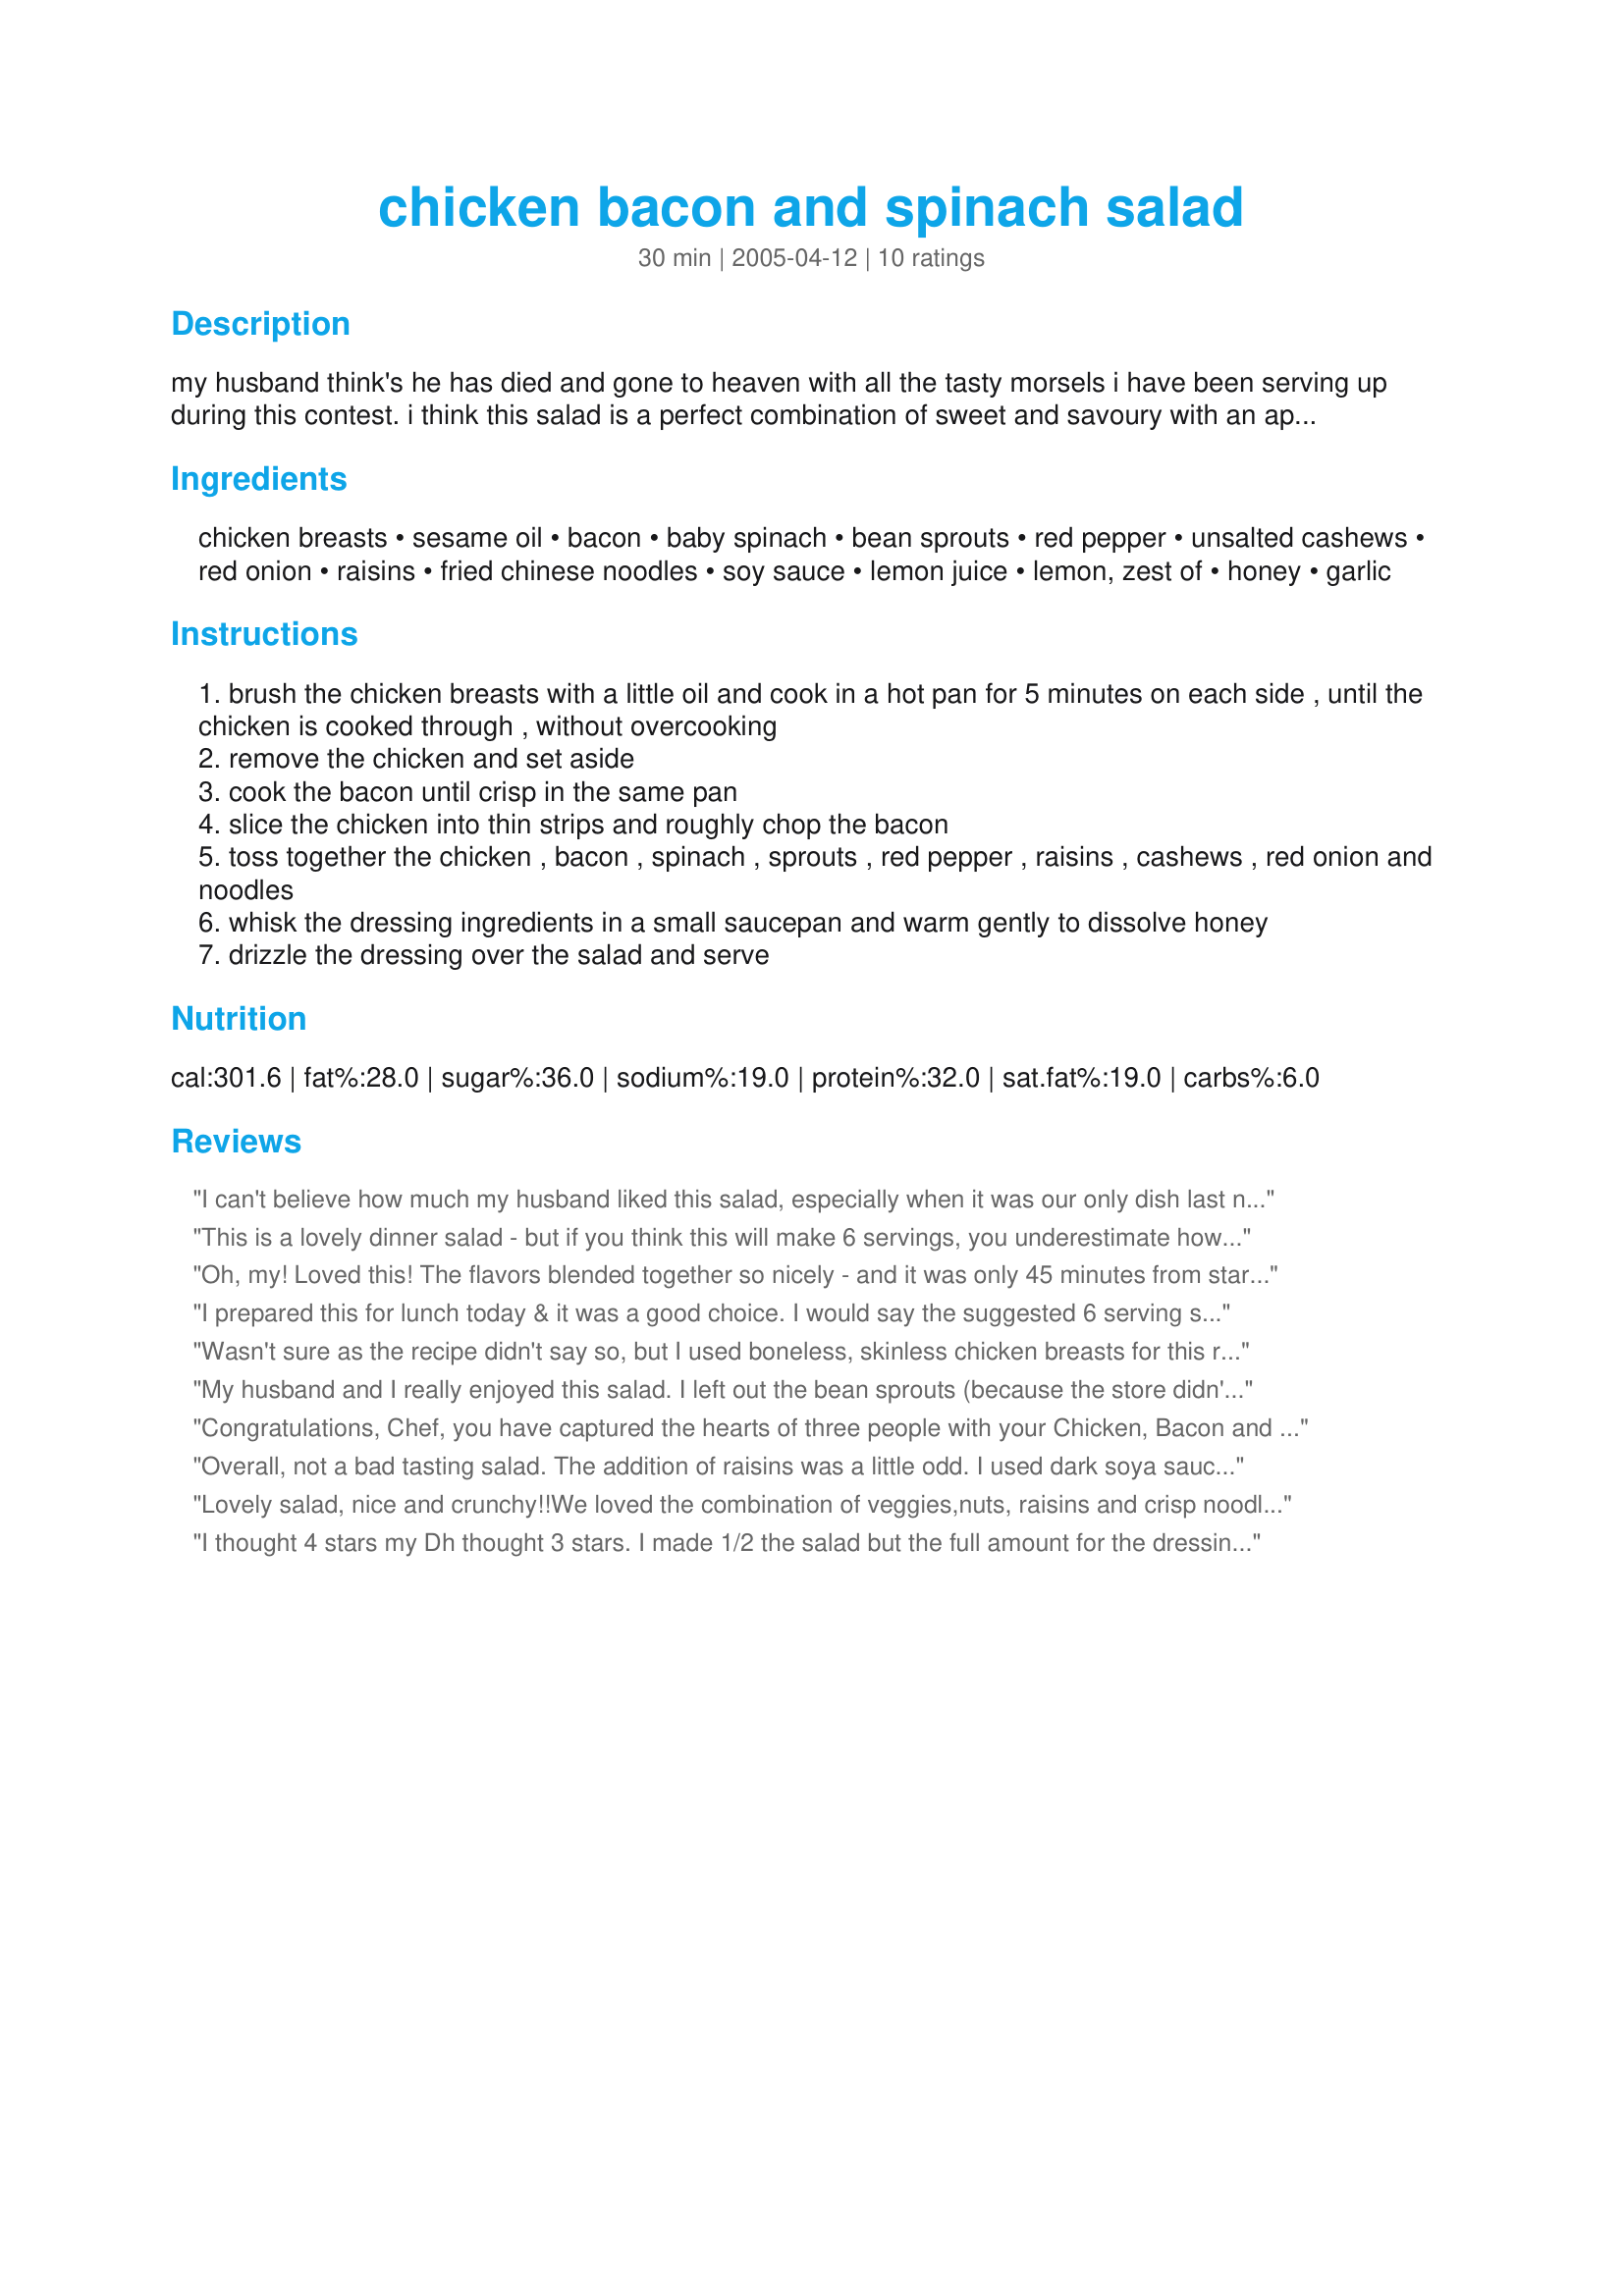
chicken bacon and spinach salad
Preparation time: 30 minutes

my husband think's he has died and gone to heaven with all the tasty morsels i have been serving up during this contest. i think this salad is a perfect combination of sweet and savoury with an appealing crunch! quick easy and impressive.

Ingredients:
chicken breasts, sesame oil, bacon, baby spinach, bean sprouts, red pepper, unsalted cashews, red onion, raisins, fried chinese noodles, soy sauce, lemon juice, lemon, zest of, honey, garlic

Steps:
brush the chicken breasts with a little oil and cook in a hot pan for 5 minutes on each side , until the chicken is cooked through , without overcooking
remove the chicken and set aside
cook the bacon until crisp in the same pan
slice the chicken into thin strips and roughly chop the bacon
toss together the chicken , bacon , spinach , sprouts , red pepper , raisins , cashews , red onion and noodles
whisk the dressing ingredients in a small saucepan and warm gently to dissolve honey
drizzle the dressing over the salad and serve

Reviews:
I can't believe how much my husband liked this salad, especially when it was our only dish last night! We substituted olive oil, real bacon bits, craisins, and slivered almonds; omitted bean sprouts. The dressing gave a nice flavor to the salad but was almost nonexistent. I will double the dressing ingredients next time. I will be using this recipe again!
This is a lovely dinner salad - but if you think this will make 6 servings, you underestimate how delicious this is!!
Oh, my! Loved this! The flavors blended together so nicely - and it was only 45 minutes from start to finish of what could be a good lunch or dinner!
I prepared this for lunch today & it was a good choice. I would say the suggested 6 serving size is for very small side salads. I found it made 2 very generous meal size salads. The salad is very filling & the ingredients were a creative blend. I especially liked adding the crunch of the cashews & chinese noodles. I do think the dressing amount needs to be increased or doubled to cover all of the salad. I left the table & prepared more. It seemed the chinese noodles were absorbing it faster than I could dress the salad. Other than that, I was very happy with this selection. The combo of ingredients works well together. Thanks chef!!
Wasn't sure as the recipe didn't say so, but I used boneless, skinless chicken breasts for this recipe. I really enjoyed this salad. The oriental flavours of the dressing went well with the salad ingredients. It was delicious!
My husband and I really enjoyed this salad. I left out the bean sprouts (because the store didn't have any) and the raisins. I think that craisins would be good in the place of raisins if you aren't a raisin fan. I used extra garlic in the dressing because we love garlic. We will definately have this again!!
Congratulations, Chef, you have captured the hearts of three people with your Chicken, Bacon and Spinach Salad. I took the salad to the home of two friends/neighbours on my street, and shared this recipe as lunch, today with them. Our responses were: 
...."delightful", 
...."the lemon flavour is subtle and refreshing". 
...."I love the combination of soft leaf spinach and crunchy noodles." 
...."Apart from flavour, red onion adds just the right blend of colour, without overwhelming the salad". 
...."The dressing ingredients combination is perfect with noodles and bean sprouts." 
 
Served with a crusty french baguette, our lunch received six thumbs up, from three diners and five stars for the chef. I shall be adding this recipe to my cookbook, and my two friends??? Yes, they received a printout as their reward. Thank you, chef, for sharing your talent.

Overall, not a bad tasting salad. The addition of raisins was a little odd. I used dark soya sauce for the dressing. The salad dressing was very tasty and I think would make a wonderful marinade as well. Thanks for posting!
Lovely salad, nice and crunchy!!We loved the combination of veggies,nuts, raisins and crisp noodles. We felt there could have been a little more taste to the dressing, maybe a little more garlic and a touch of vinegar or perhaps more lemon juice and zest, but it was good. If I make it again I would cut the chicken in strips and chop the bacon before cooking to make it easier to handle. I found it a little difficult to cut the chicken after it was cooked and browned, it wanted to shred rather than cut nicely. The instructions were well written and easy to follow. Thanks for sharing a good one and good luck in the contest.
I thought 4 stars my Dh thought 3 stars. I made 1/2 the salad but the full amount for the dressing which all was used. I had left over chicken which made this easy for me. Lots of texture in this salad from the noodles to cashew, crisp bacon and a light crunch from the sprouts. Heating the raisins in the dressing to plump them up would be good.
